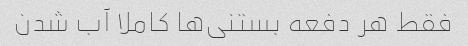
فقط هر دفعه بستنی‌ها کاملا آب شدن